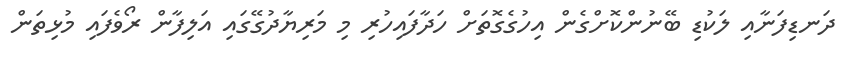
ދަނޑިފަނާއި ލަކުޑި ބޭނުންކޮށްގެން އިހުގެގޮތަށް ހަދާފައިހުރި މި މަރިޔާދުގޭގައި އަލިފާން ރޯވެފައި މުޅިތަން